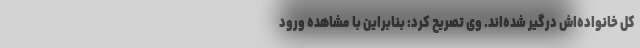
کل خانواده‌اش درگیر شده‌اند. وی تصریح کرد: بنابراین با مشاهده ورود